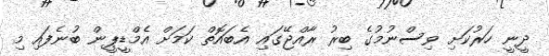
ދީނީ ހަރުކަށި ވިސްނުމުގެ ބިރު ރާއްޖޭގައި އެބައޮތް ކަމަށް އެމްޑީޕީން ބުނެފައި މި